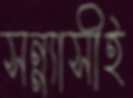
সন্ন্যাসীই